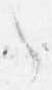
々